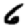
Digit: 6